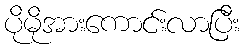
ပိုမိုအားကောင်းလာပြီး